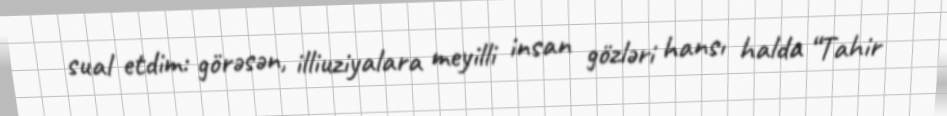
sual etdim: görəsən, illiuziyalara meyilli insan gözləri hansı halda “Tahir